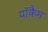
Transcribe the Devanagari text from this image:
याॅकैम